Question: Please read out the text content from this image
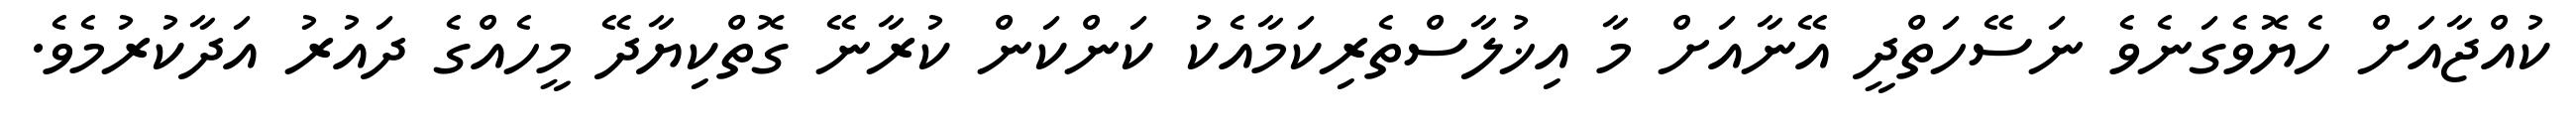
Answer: ކުއްޖާއަށް ހެޔޮވެގަނެވެ ނަސޭހަތްދީ އޭނާއަށް މާ އިޚުލާސްތެރިކަމާއެކު ކަންކަން ކުރާނޭ ގޮތްކިޔާދޭ މީހެއްގެ ދައުރު އަދާކުރުމެވެ.